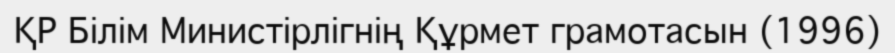
ҚР Білім Министірлігнің Құрмет грамотасын (1996)